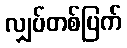
လျှပ်တစ်ပြက်